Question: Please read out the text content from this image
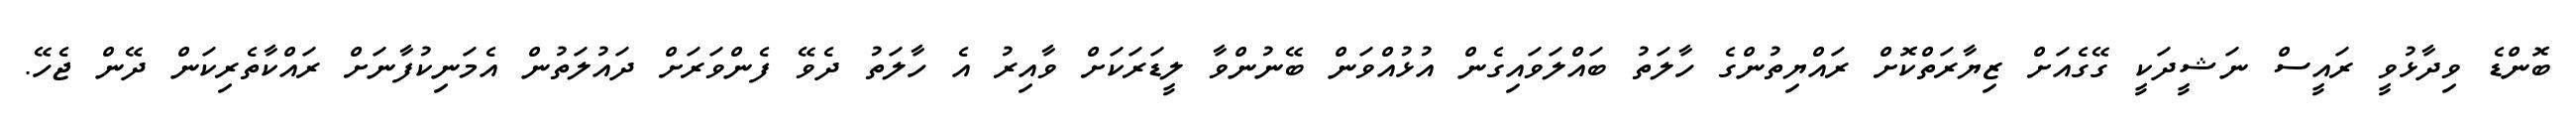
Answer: ބޮންޑެ ވިދާޅުވީ ރައީސް ނަޝީދަކީ ގޭގެއަށް ޒިޔާރަތްކޮށް ރައްޔިތުންގެ ހާލަތު ބައްލަވައިގެން އުޅުއްވަން ބޭނުންވާ ލީޑަރަކަށް ވާއިރު އެ ހާލަތު ދެވޭ ފެންވަރަށް ދައުލަތުން އެމަނިކުފާނަށް ރައްކާތެރިކަން ދޭން ޖެހޭ.